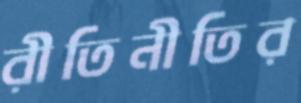
রীতিনীতির